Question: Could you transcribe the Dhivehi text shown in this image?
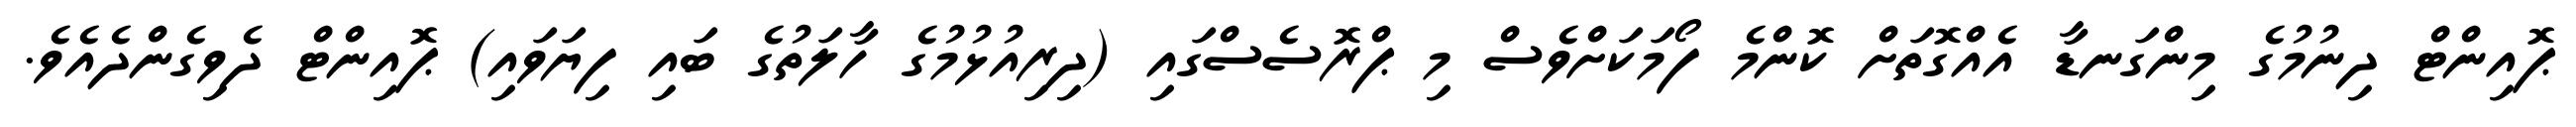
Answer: ޕޮއިންޓް ދިނުމުގެ މިންގަނޑާ އެއްގޮތަށް ކޮންމެ ފޯމަކަށްވެސް މި ޕްރޮސެސްގައި (ދިރިއުޅުމުގެ ހާލަތުގެ ބައި ފިޔަވައި) ޕޮއިންޓް ދެވިގެންދެއެވެ.